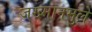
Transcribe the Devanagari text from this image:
जख्मानमुले